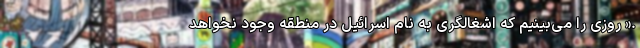
.« روزی را می‌بینیم که اشغالگری به نام اسرائیل در منطقه وجود نخواهد